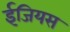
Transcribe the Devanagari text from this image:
ईजियस